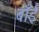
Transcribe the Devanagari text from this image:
बाँईं